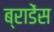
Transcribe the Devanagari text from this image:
ब्राडेंस